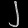
Digit: ၂